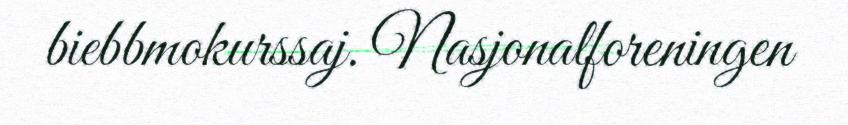
biebbmokurssaj. Nasjonalforeningen